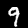
Digit: 9